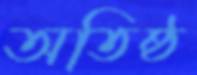
অতিষ্ঠ